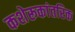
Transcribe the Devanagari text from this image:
कशेरूकांतरिक